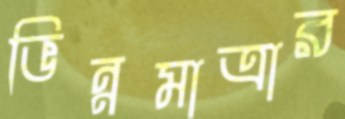
ভিন্নমাত্রার